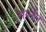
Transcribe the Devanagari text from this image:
शर्प्नेल